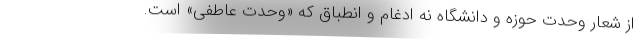
از شعار وحدت حوزه و دانشگاه نه ادغام و انطباق که «وحدت عاطفی» است.